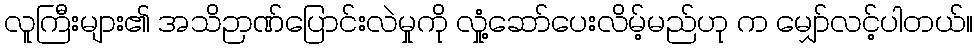
လူကြီးများ၏ အသိဉာဏ်ပြောင်းလဲမှုကို လှုံ့ဆော်ပေးလိမ့်မည်ဟု က မျှော်လင့်ပါတယ်။